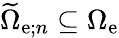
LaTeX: \widetilde{\Omega}_{\mathrm{e};n}\subseteq\Omega_{\mathrm{e}}